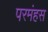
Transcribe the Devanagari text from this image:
परमंहस